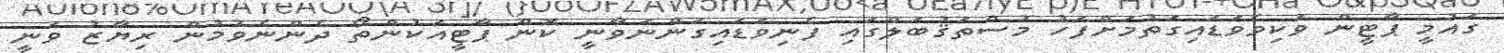
ގައުމީ ޕާޓީން ވަކިވެވަޑައިގަތުމަށްފަހު މުސްތަޤުބަލްގައި ފެނިވަޑައިގަންނަވާނީ ކޮން ޕާޓީއަކުންތޯ ދެންނެވުމުން ރިޔާޒު ވަނީ